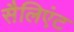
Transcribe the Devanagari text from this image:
सैलिएंट